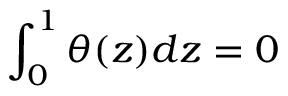
\int _ { 0 } ^ { 1 } \theta ( z ) d z = 0